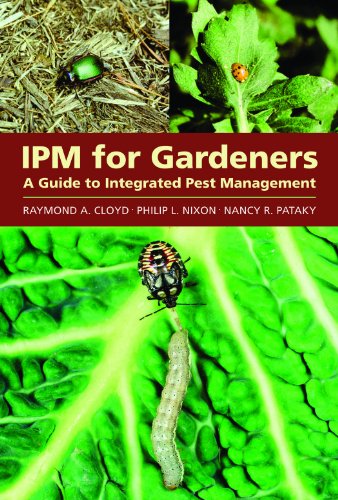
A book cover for IPM for Gardeners: A Guide to Integrated Pest Management; Raymond A. Cloyd; Science & Math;